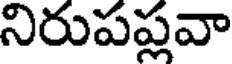
నిరుపప్లవా